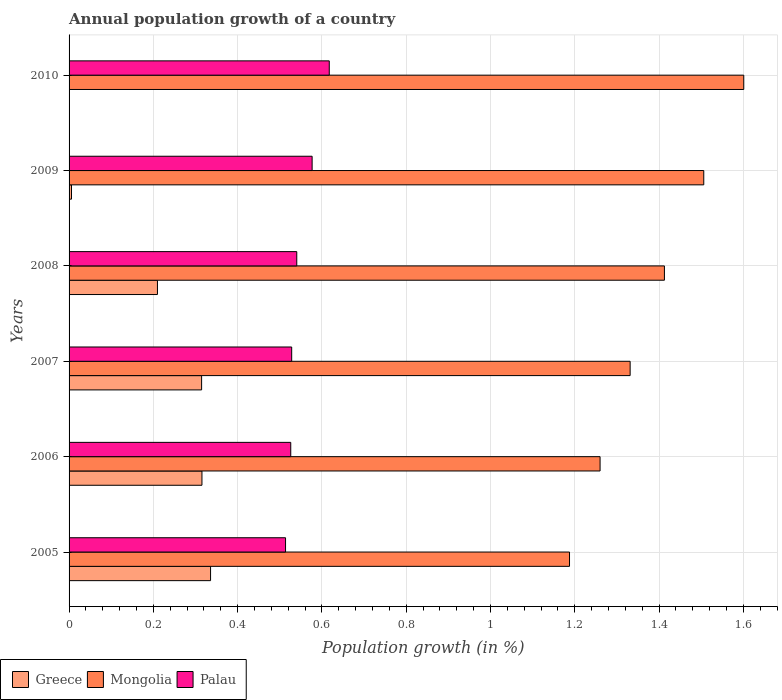
| Years | Greece | Mongolia | Palau |
 | --- | --- | --- | --- |
 | 2005 | 0.336 | 1.19 | 0.514 |
 | 2006 | 0.315 | 1.26 | 0.526 |
 | 2007 | 0.315 | 1.33 | 0.528 |
 | 2008 | 0.21 | 1.41 | 0.54 |
 | 2009 | 0.00577 | 1.51 | 0.577 |
 | 2010 | -0.301 | 1.6 | 0.617 |